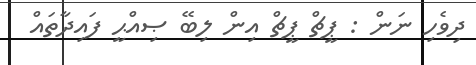
ދިވެހި ނަން : ޕީޗް ޕީޗް އިން ލިބޭ ޞިއްޙީ ފައިދާތައް